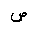
Letter: _sad